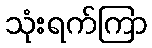
သုံးရက်ကြာ